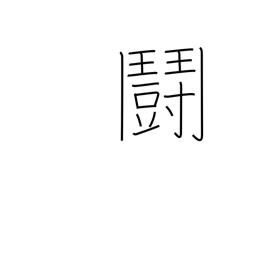
Meaning: fighting